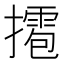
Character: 𢶉